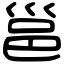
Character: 邕